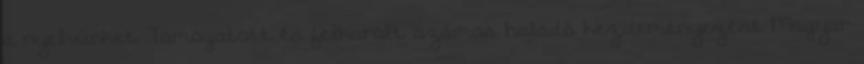
a nyelvünket. Támogatott és felkarolt számos haladó kezdeményezést Magyar